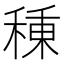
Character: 𥠗